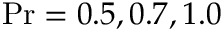
\mathrm { P r } = 0 . 5 , 0 . 7 , 1 . 0